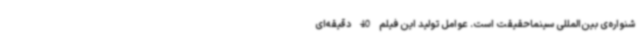
شنواره‌ی بین‌المللی سینماحقیقت است. عوامل تولید این فیلم 40 دقیقه‌ای